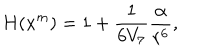
H ( x ^ { m } ) = 1 + \frac { 1 } { 6 V _ { 7 } } \frac { \alpha } { r ^ { 6 } } ,